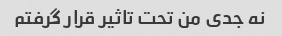
نه جدی من تحت تاثیر قرار گرفتم